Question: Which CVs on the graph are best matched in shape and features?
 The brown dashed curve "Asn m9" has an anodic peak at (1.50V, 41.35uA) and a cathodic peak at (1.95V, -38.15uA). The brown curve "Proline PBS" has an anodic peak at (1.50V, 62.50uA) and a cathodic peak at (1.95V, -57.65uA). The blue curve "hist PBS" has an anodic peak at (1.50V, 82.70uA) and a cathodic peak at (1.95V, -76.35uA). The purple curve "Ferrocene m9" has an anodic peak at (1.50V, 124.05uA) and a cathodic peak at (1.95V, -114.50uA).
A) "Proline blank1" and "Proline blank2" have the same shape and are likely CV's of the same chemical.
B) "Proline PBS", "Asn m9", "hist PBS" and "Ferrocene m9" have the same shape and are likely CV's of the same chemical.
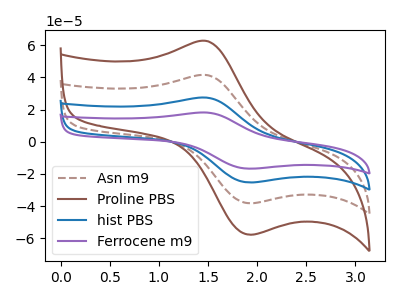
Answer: <think>All the peaks in "Asn m9" have a peak in "Proline PBS" at the same potential. Every peak in "Asn m9" is lower than every peak in "Proline PBS". All the peaks in "Asn m9" have a peak in "hist PBS" at the same potential. Every peak in "Asn m9" is lower than every peak in "hist PBS". All the peaks in "Asn m9" have a peak in "Ferrocene m9" at the same potential. Every peak in "Asn m9" is lower than every peak in "Ferrocene m9". All the peaks in "Proline PBS" have a peak in "hist PBS" at the same potential. Every peak in "Proline PBS" is lower than every peak in "hist PBS". All the peaks in "Proline PBS" have a peak in "Ferrocene m9" at the same potential. Every peak in "Proline PBS" is lower than every peak in "Ferrocene m9". All the peaks in "hist PBS" have a peak in "Ferrocene m9" at the same potential. Every peak in "hist PBS" is lower than every peak in "Ferrocene m9".
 </think>
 <answer>B) "Proline PBS", "Asn m9", "hist PBS" and "Ferrocene m9" have the same shape and are likely CV's of the same chemical.</answer>
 <eval>B</eval>